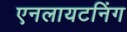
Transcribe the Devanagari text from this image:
एनलायटनिंग